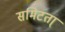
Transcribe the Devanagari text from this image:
समिटता्